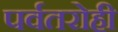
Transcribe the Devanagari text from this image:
पर्वतरोही